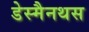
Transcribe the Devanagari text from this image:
डेस्मैनथस